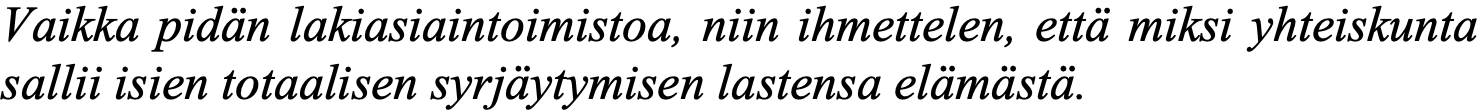
Vaikka pidän lakiasiaintoimistoa, niin ihmettelen, että miksi yhteiskunta sallii isien totaalisen syrjäytymisen lastensa elämästä.